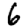
Digit: 6